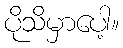
ပိုသိမှာပေါ့။